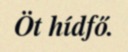
Öt hídfő.